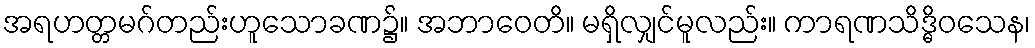
အရဟတ္တမဂ်တည်းဟူသောခဏ၌။ အဘာဝေတိ။ မရှိလျှင်မူလည်း။ ကာရဏသိဒ္ဓိဝသေန၊